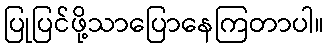
ပြုပြင်ဖို့သာပြောနေကြတာပါ။